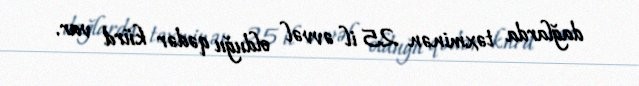
dağlarda təxminən 25 il əvvəl olduğu qədər kürd var.